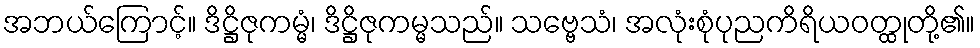
အဘယ်ကြောင့်။ ဒိဋ္ဌိဇုကမ္မံ၊ ဒိဋ္ဌိဇုကမ္မသည်။ သဗ္ဗေသံ၊ အလုံးစုံပုညကိရိယဝတ္ထုတို့၏။